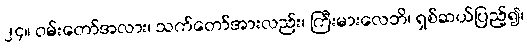
၂၄။ ဝမ်းတော်အလား၊ သက်တော်အားလည်း၊ ကြီးမားလေဘိ၊ ရှစ်ဆယ်ပြည့်၍၊